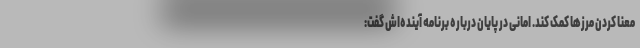
معنا کردن مرزها کمک کند. امانی در پایان درباره برنامه آینده‌اش گفت: